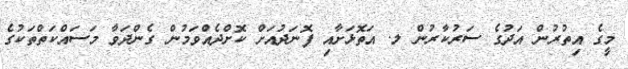
މީގެ އިތުރުން އަދުގެ ސަރުކާރުން ލ. އަތޮޅަށާއި ފޮނަދުއަށް ކޮށްދެއްވަމުން ގެންދަވާ މަސައްކަތްތަކުގެ